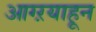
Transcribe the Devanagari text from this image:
आग्ऱयाहून